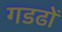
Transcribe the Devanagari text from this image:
गडढों